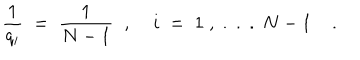
\frac { 1 } { q _ { i } } \; = \; \frac { 1 } { N - 1 } \; \; , \; i \; = \; 1 \; , \; . \; . \; . \; N - 1 \; .